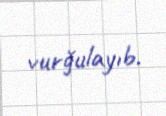
vurğulayıb.